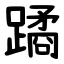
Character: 蹫